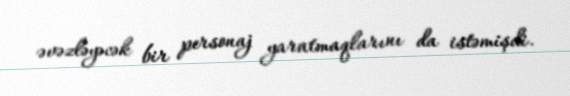
əvəzləyəcək bir personaj yaratmaqlarını da istəmişdi.